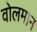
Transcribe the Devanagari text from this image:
वोलमान